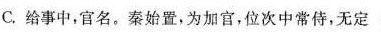
C.给事中，官名。秦始置，为加官，位次中常侍，无定